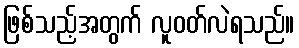
ဖြစ်သည့်အတွက် လူဝတ်လဲရသည်။